Civil Veterinary Department Bihar reports 1936-40 - 1936-1940
Year: 1936
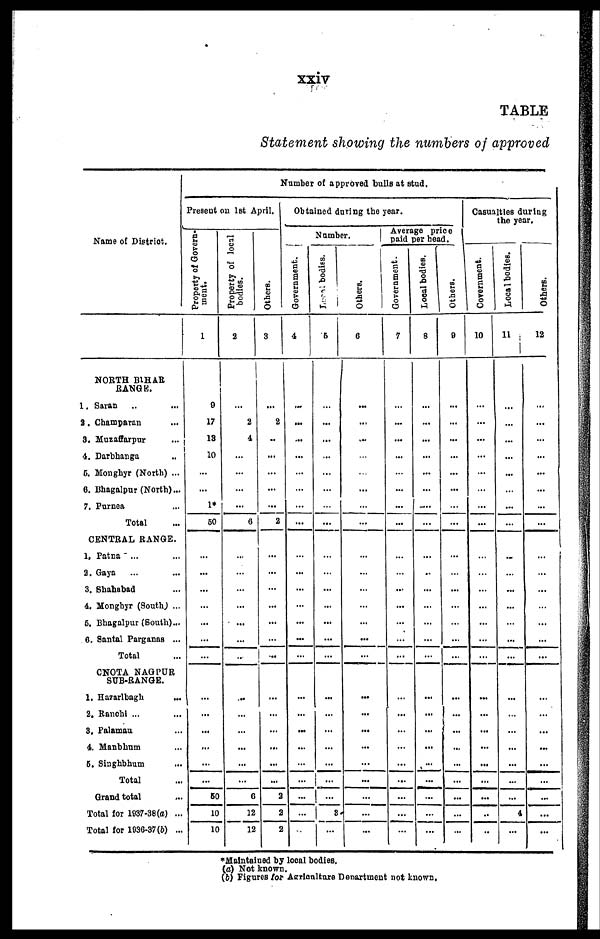
xxiv
TABLE
Statement showing the numbers of approved
Name of District.
NORTH BIHAR
RANGE.
1. Saran .. ...
2. Champaran ...
3. Muzaffarpur ...
4. Darbhanga ..
5. Monghyr (North) ...
6. Bhagalpur (North)...
7. Purnea ...
Total ...
CENTRAL RANGE.
1. Patna ... ...
2. Gaya ... ...
3. Shahabad ...
4. Monghyr (South) ...
5. Bhagalpur (South)...
6. Santal Parganas ...
Total ...
CNOTA NAGPUR
SUB-RANGE.
1. Hazarlbagh ...
2, Ranohi ... ...
3. Palamau ...
4. Manbhum ...
5. Singhbhum ...
Total ...
Grand total
Total for 1937-38(a) ...
Total for 1936-37(b) ...
Number of approved bulls at stud.
Present on 1st April.
Property of Govern-
ment.
1
9
17
13
10
...
...
1*
60
...
...
...
...
...
...
...
...
...
...
...
...
...
50
10
10
Property of local
bodies.
2
...
2
4
...
...
...
...
6
...
...
...
...
...
...
...
...
...
...
...
...
...
6
12
12
Others.
3
...
2
...
...
...
...
...
2
...
...
...
...
...
...
...
...
...
...
...
...
...
2
2
2
Obtained during the year.
Number.
|
Government.
4
...
...
...
...
...
...
...
...
...
...
...
...
...
...
...
...
...
...
...
...
...
...
...
...
Local bodies.
5
...
...
...
...
...
...
...
...
...
...
...
...
...
...
...
...
...
...
...
...
...
...
3
...
Others.
6
...
...
...
...
...
...
...
...
...
...
...
...
...
...
...
...
...
...
...
...
...
...
...
...
Average price
paid per head.
Government.
7
...
...
...
...
...
...
...
...
...
...
...
...
...
...
...
...
...
...
...
...
...
...
...
...
Local bodies.
8
...
...
...
...
...
...
...
...
...
..
...
...
...
...
...
...
...
...
...
...
...
...
...
...
Others.
9
...
...
...
...
...
...
...
...
...
...
...
...
...
...
...
...
...
...
...
...
...
...
...
...
Casualties during
the year.
Government.
10
...
...
...
...
...
...
...
...
...
...
...
...
...
...
...
...
...
...
...
...
...
...
...
...
Local bodies.
11
i
...
...
...
...
...
...
...
...
...
...
...
...
...
...
...
...
...
...
...
...
...
...
4
...
Others.
12
...
...
...
...
...
...
...
...
...
...
...
...
...
...
...
...
...
...
...
...
...
...
...
...
*Maintained by local bodies.
(a) Not known.
(6) Figures for Agriculture Department not known.